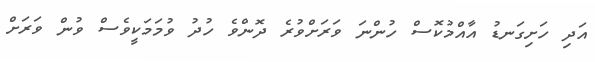
އަދި ހަށިގަނޑު އާއްމުކޮސް ހުންނަ ވަރަށްވުރެ ދޮންވެ ހުދު ވުމަމަކީވެސް ވުން ވަރަށް